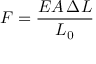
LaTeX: F = { \frac { E A \, \Delta L } { L _ { 0 } } }